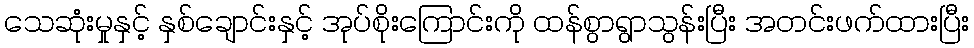
သေဆုံးမှုနှင့် နှစ်ချောင်းနှင့် အုပ်စိုးကြောင်းကို ထန်စွာရွာသွန်းပြီး အတင်းဖက်ထားပြီး